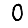
Digit: 0